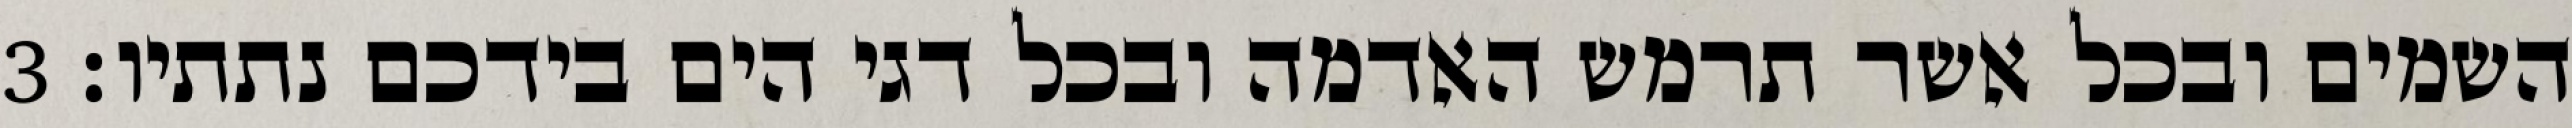
השמים ובכל אשר תרמש האדמה ובכל דגי הים בידכם נתתיו׃ ‎3‏